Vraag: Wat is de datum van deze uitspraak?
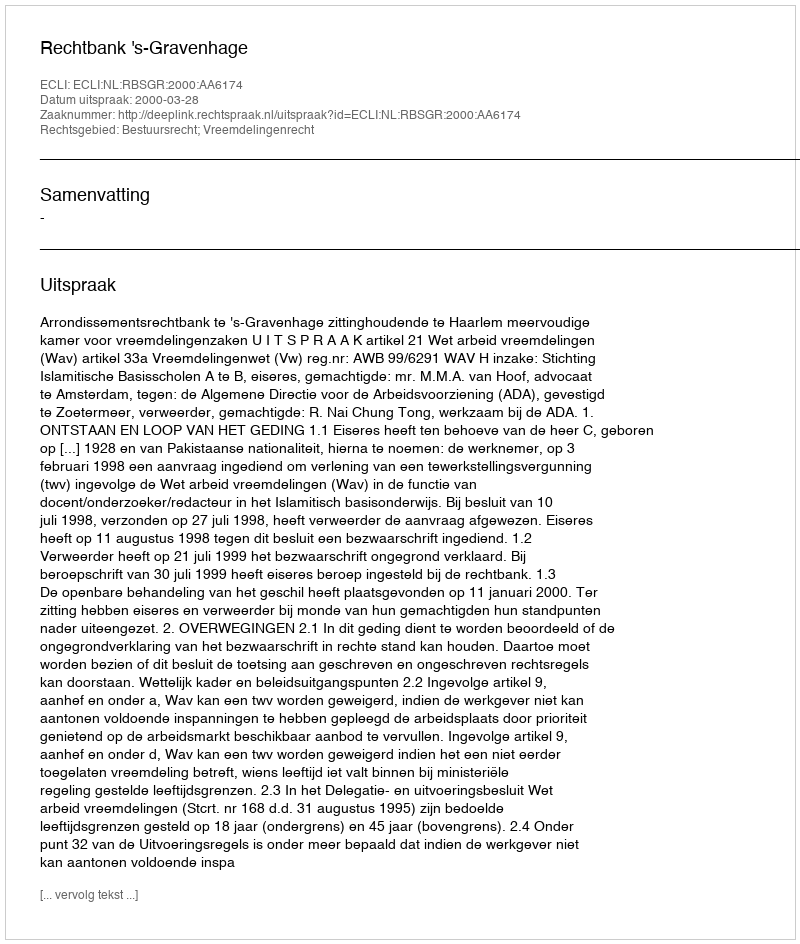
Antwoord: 2000-03-28